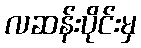
လဆန်းပိုင်းမှ